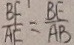
\frac { B F } { A F } = \frac { B E } { A B }